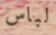
لباس